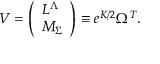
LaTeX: V = \left( \begin{array} { l } { { L ^ { \Lambda } } } \\ { { M _ { \Sigma } } } \end{array} \right) \equiv e ^ { K / 2 } \Omega ^ { T } .